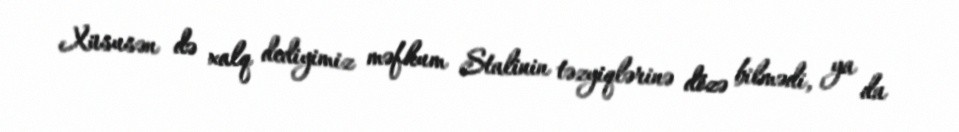
Xüsusən də xalq dediyimiz məfhum Stalinin təzyiqlərinə dözə bilmədi, ya da